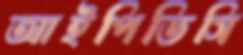
আইপিডিসি